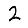
Digit: 2